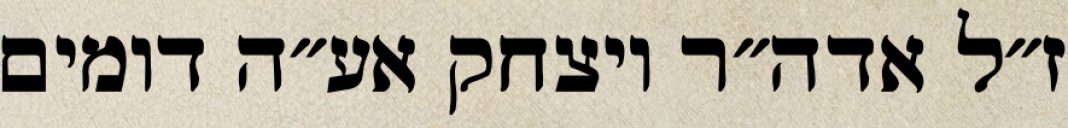
ז״ל אדה״ר ויצחק אע״ה דומים